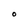
Character: O